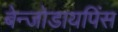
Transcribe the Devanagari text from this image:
बेन्जोडायपिंस